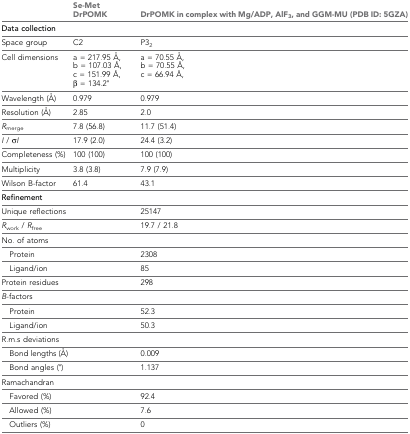
<table><thead><tr><td></td><td><b>Se-Met DrPOMK</b></td><td><b>DrPOMK in complex with Mg/ADP, AlF<sub>3</sub>, and GGM-MU (PDB ID: 5GZA)</b></td></tr></thead><tbody><tr><td><b>Data collection</b></td><td></td><td></td></tr><tr><td>Space group</td><td>C2</td><td>P3<sub>2</sub></td></tr><tr><td>Cell dimensions</td><td>a = 217.95 Å, b = 107.03 Å, c = 151.99 Å, β = 134.2°</td><td>a = 70.55 Å, b = 70.55 Å, c = 66.94 Å,</td></tr><tr><td>Wavelength (Å)</td><td>0.979</td><td>0.979</td></tr><tr><td>Resolution (Å)</td><td>2.85</td><td>2.0</td></tr><tr><td><i>R</i><sub>merge</sub></td><td>7.8 (56.8)</td><td>11.7 (51.4)</td></tr><tr><td><i>I</i> / σ<i>I</i></td><td>17.9 (2.0)</td><td>24.4 (3.2)</td></tr><tr><td>Completeness (%)</td><td>100 (100)</td><td>100 (100)</td></tr><tr><td>Multiplicity</td><td>3.8 (3.8)</td><td>7.9 (7.9)</td></tr><tr><td>Wilson B-factor</td><td>61.4</td><td>43.1</td></tr><tr><td><b>Refinement</b></td><td></td><td></td></tr><tr><td>Unique reflections</td><td></td><td>25147</td></tr><tr><td><i>R</i><sub>work</sub> / <i>R</i><sub>free</sub></td><td></td><td>19.7 / 21.8</td></tr><tr><td>No. of atoms</td><td></td><td></td></tr><tr><td> Protein</td><td></td><td>2308</td></tr><tr><td> Ligand/ion</td><td></td><td>85</td></tr><tr><td>Protein residues</td><td></td><td>298</td></tr><tr><td><i>B</i>-factors</td><td></td><td></td></tr><tr><td> Protein</td><td></td><td>52.3</td></tr><tr><td> Ligand/ion</td><td></td><td>50.3</td></tr><tr><td>R.m.s deviations</td><td></td><td></td></tr><tr><td> Bond lengths (Å)</td><td></td><td>0.009</td></tr><tr><td> Bond angles (°)</td><td></td><td>1.137</td></tr><tr><td>Ramachandran</td><td></td><td></td></tr><tr><td> Favored (%)</td><td></td><td>92.4</td></tr><tr><td> Allowed (%)</td><td></td><td>7.6</td></tr><tr><td> Outliers (%)</td><td></td><td>0</td></tr></tbody></table>